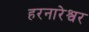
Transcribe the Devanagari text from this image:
हरनारेश्वर